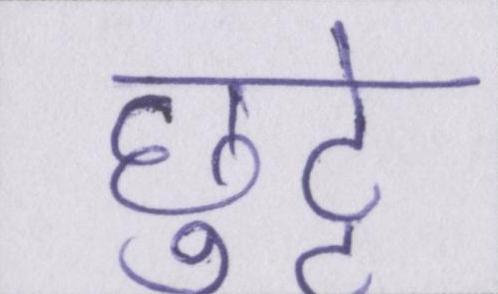
छुट्टे